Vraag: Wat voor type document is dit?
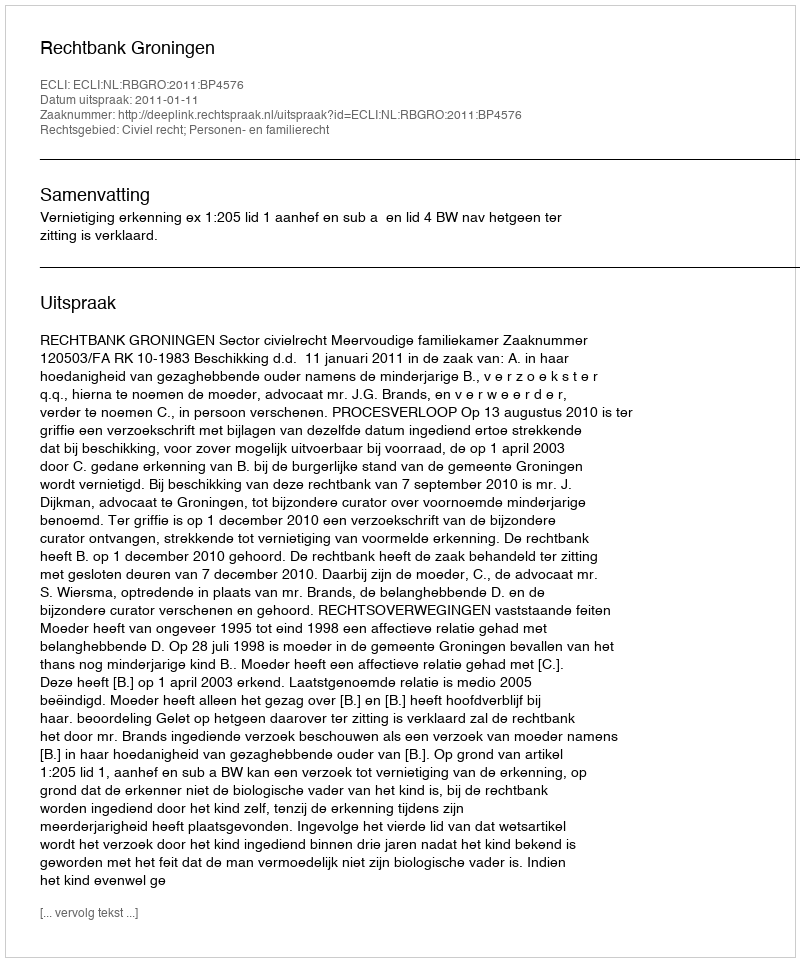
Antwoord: Uitspraak